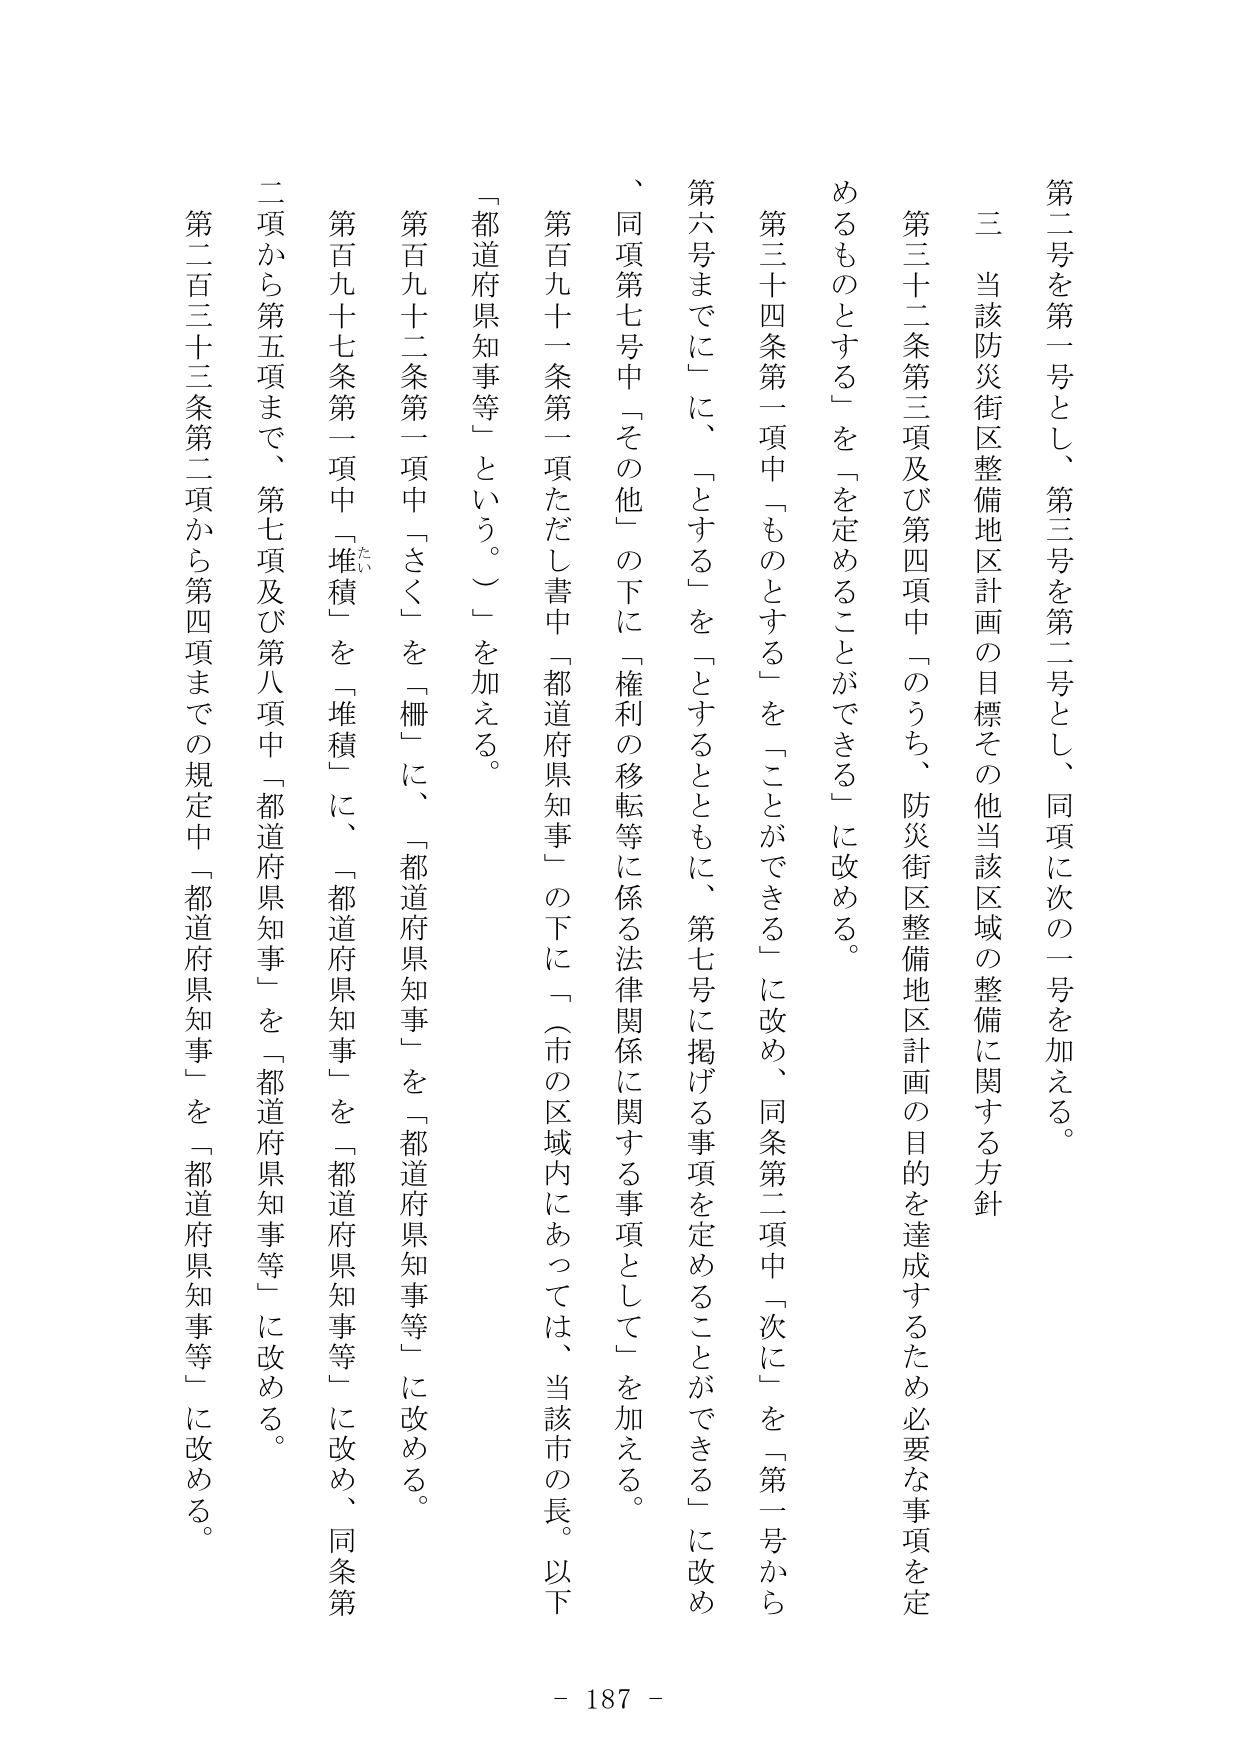
第二号を第一号とし、第三号を第二号とし、同項に次の一号を加える。

三 当該防災街区整備地区計画の目標その他当該区域の整備に関する方針

第三十二条第三項及び第四項中「のうち、防災街区整備地区計画の目的を達成するため必要な事項を定めるものとする」を「を定めることができる」に改める。

第三十四条第一項中「ものとする」を「ことができる」に改め、同条第二項中「次に」を「第一号から第六号までに」に、「とする」を「とするとともに、第七号に掲げる事項を定めることができる」に改め、同項第七号中「その他」の下に「権利の移転等に係る法律関係に関する事項として」を加える。

第百九十一条第一項ただし書中「都道府県知事」の下に「（市の区域内にあっては、当該市の長。以下「都道府県知事等」という。）」を加える。

第百九十二条第一項中「さく」を「柵」に、「都道府県知事」を「都道府県知事等」に改める。

第百九十七条第一項中「堆積」を「堆積」に、「都道府県知事」を「都道府県知事等」に改め、同条第二項から第五項まで、第七項及び第八項中「都道府県知事」を「都道府県知事等」に改める。

第二百三十三条第二項から第四項までの規定中「都道府県知事」を「都道府県知事等」に改める。

- 187 -